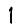
Digit: 1